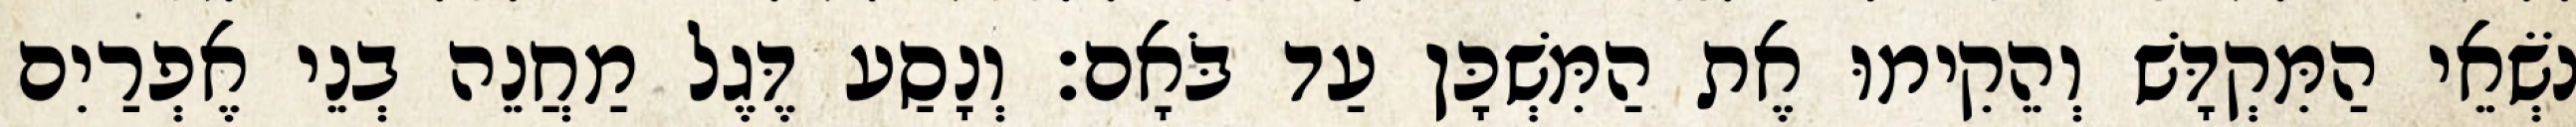
נֹשְׂאֵי הַמִּקְדָּשׁ וְהֵקִימוּ אֶת הַמִּשְׁכָּן עַד בֹּאָם׃ וְנָסַע דֶּגֶל מַחֲנֵה בְנֵי אֶפְרַיִם